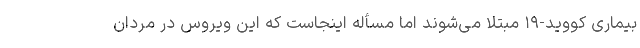
بیماری کووید-۱۹ مبتلا می‌شوند اما مسأله اینجاست که این ویروس در مردان